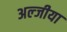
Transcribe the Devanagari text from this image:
अल्जीया